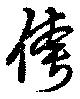
侉